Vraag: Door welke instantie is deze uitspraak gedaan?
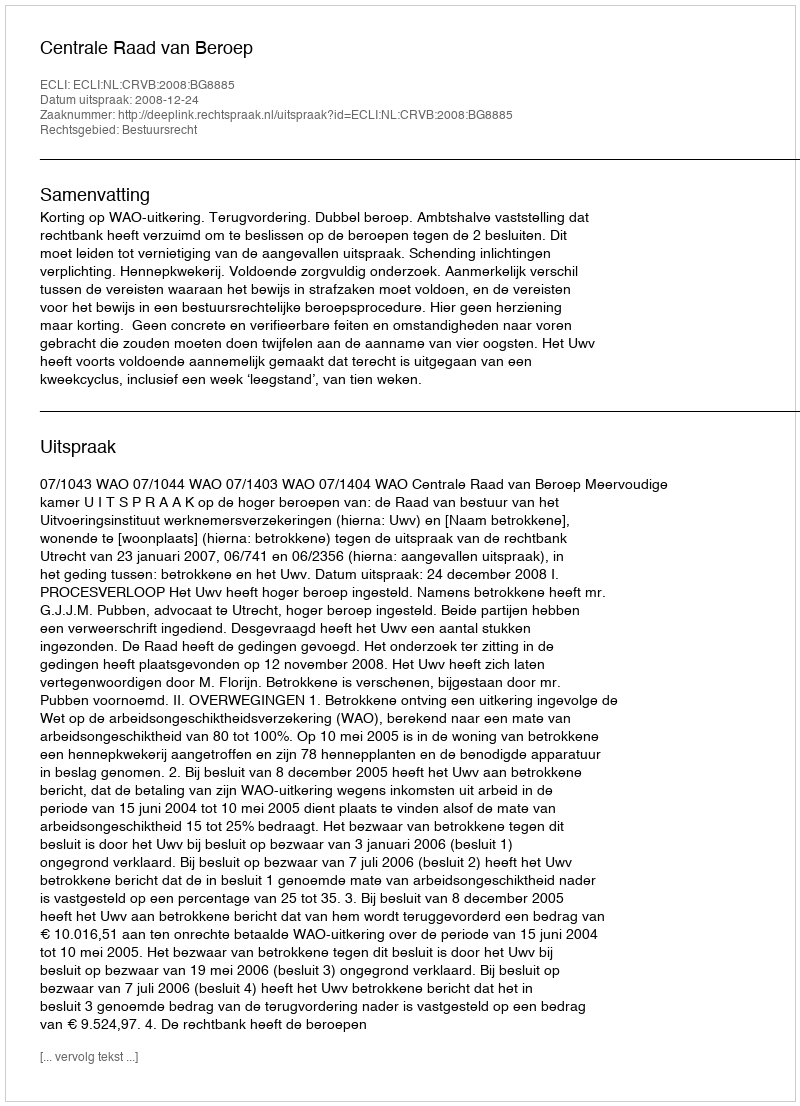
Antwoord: Centrale Raad van Beroep